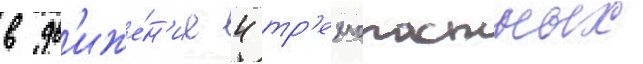
в дв'иже́н'ие 4 тр'ехлопастных